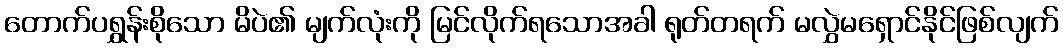
တောက်ပရွှန်းစိုသော မိပဲ၏ မျက်လုံးကို မြင်လိုက်ရသောအခါ ရုတ်တရက် မလွှဲမရှောင်နိုင်ဖြစ်လျက်